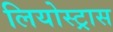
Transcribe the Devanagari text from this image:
लियोस्ट्रास